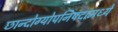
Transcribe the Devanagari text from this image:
छान्दोग्योपनिषदामध्ये